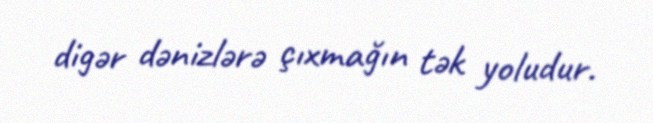
digər dənizlərə çıxmağın tək yoludur.